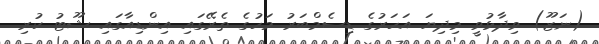
(ނަޒޫ) ވިދާޅުވީ މިދިޔަ އަހަރުގެ ޑިސެމްބަރު މަހުގެ ތެރޭގައި އިންޑިއާގައި ޝޫޓު ކުރި